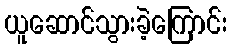
ယူဆောင်သွားခဲ့ကြောင်း